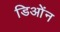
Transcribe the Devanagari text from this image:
डिओंन